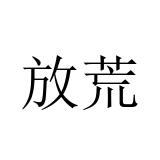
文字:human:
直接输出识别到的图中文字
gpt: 放荒